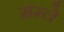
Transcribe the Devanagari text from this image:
मम्ले